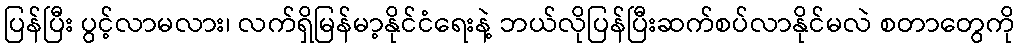
ပြန်ပြီး ပွင့်လာမလား၊ လက်ရှိမြန်မာ့နိုင်ငံရေးနဲ့ ဘယ်လိုပြန်ပြီးဆက်စပ်လာနိုင်မလဲ စတာတွေကို